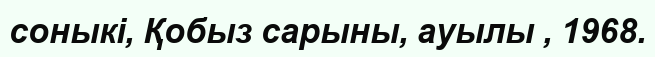
соныкі, Қобыз сарыны, ауылы , 1968.